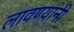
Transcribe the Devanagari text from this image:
लावण्यांनी